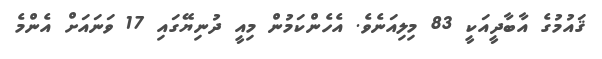
ޤައުމުގެ އާބާދީއަކީ 83 މިލިއަނެވެ. އެހެންކަމުން މިއީ ދުނިޔޭގައި 17 ވަނައަށް އެންމެ